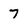
Character: 7